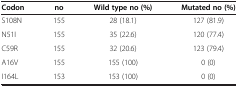
<table><thead><tr><td><b>Codon</b></td><td><b>no</b></td><td><b>Wild type no (%)</b></td><td><b>Mutated no (%)</b></td></tr></thead><tbody><tr><td>S108N</td><td>155</td><td>28 (18.1)</td><td>127 (81.9)</td></tr><tr><td>N51I</td><td>155</td><td>35 (22.6)</td><td>120 (77.4)</td></tr><tr><td>C59R</td><td>155</td><td>32 (20.6)</td><td>123 (79.4)</td></tr><tr><td>A16V</td><td>155</td><td>155 (100)</td><td>0 (0)</td></tr><tr><td>I164L</td><td>153</td><td>153 (100)</td><td>0 (0)</td></tr></tbody></table>